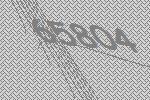
65804